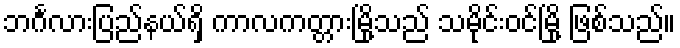
ဘင်္ဂလားပြည်နယ်ရှိ ကာလကတ္တားမြို့သည် သမိုင်းဝင်မြို့ ဖြစ်သည်။